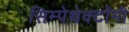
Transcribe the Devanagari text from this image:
सिम्पेथेक्टॉमी